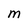
Character: M